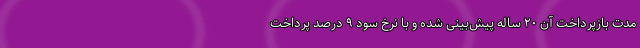
مدت بازپرداخت آن ۲۰ ساله پیش‌بینی شده و با نرخ سود ۹ درصد پرداخت